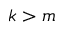
k > m